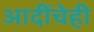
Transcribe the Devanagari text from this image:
आदींचेही